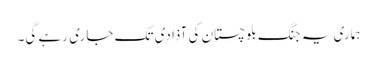
ہماری یہ جنگ بلوچستان کی آذادی تک جاری رہے گی۔